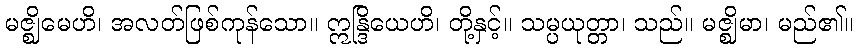
မဇ္ဈိမေဟိ၊ အလတ်ဖြစ်ကုန်သော။ ဣန္ဒြိယေဟိ၊ တို့နှင့်။ သမ္ပယုတ္တာ၊ သည်။ မဇ္ဈိမာ၊ မည်၏။